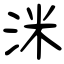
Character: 洣